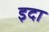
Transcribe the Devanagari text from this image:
इदा